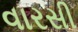
વારસી